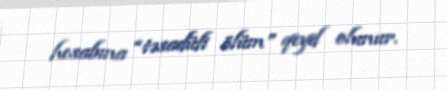
hesabına “təsadüfi ölüm” qeyd olunur.